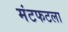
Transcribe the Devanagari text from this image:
मंटफटला